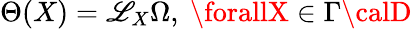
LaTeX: \Theta(X)={\mathscr{L}_{X}}\Omega,\ \forallX\in\Gamma{\calD}